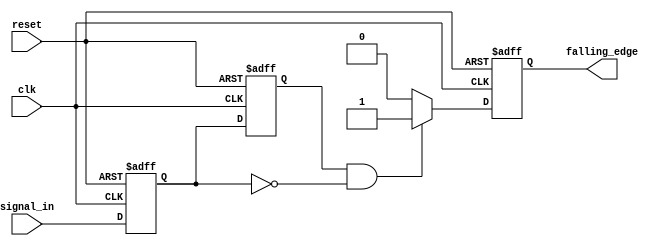
module falling_edge_detector (
    input wire clk,              // Clock input
    input wire reset,            // Asynchronous reset
    input wire signal_in,        // Input signal to detect falling edge
    output reg falling_edge      // Output signal indicates falling edge
);

    // Memory blocks to hold current and previous states
    reg current_state;           // Current state of the input signal
    reg previous_state;          // Previous state of the input signal

    // Process triggered on the rising edge of the clock or reset
    always @(posedge clk or posedge reset) begin
        if (reset) begin
            // Initialize states and output on reset
            previous_state <= 1'b0;
            current_state <= 1'b0;
            falling_edge <= 1'b0;
        end else begin
            // Update previous state to current state
            previous_state <= current_state;
            // Capture current input signal state
            current_state <= signal_in;

            // Falling edge detection logic
            if (previous_state == 1'b1 && current_state == 1'b0) begin
                falling_edge <= 1'b1;  // Set output high for one clock cycle
            end else begin
                falling_edge <= 1'b0;  // Clear output if no falling edge
            end
        end
    end

endmodule